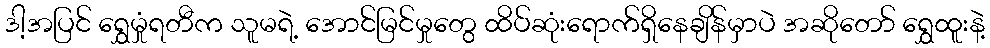
ဒါ့အပြင် ရွှေမှုံရတီက သူမရဲ့ အောင်မြင်မှုတွေ ထိပ်ဆုံးရောက်ရှိနေချိန်မှာပဲ အဆိုတော် ရွှေထူးနဲ့